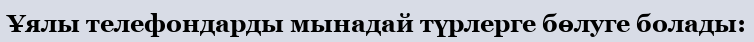
Ұялы телефондарды мынадай түрлерге бөлуге болады: